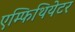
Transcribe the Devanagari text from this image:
एम्फिथियेटर